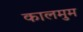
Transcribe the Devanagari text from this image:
कालमुम